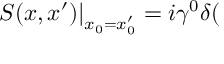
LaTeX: \left. S ( x , x ^ { \prime } ) \right| _ { x _ { 0 } = x _ { 0 } ^ { \prime } } = i \gamma ^ { 0 } \delta (